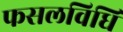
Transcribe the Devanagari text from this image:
फसलविधि